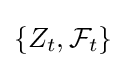
\left\{Z_{t},{\mathcal {F}}_{t}\right\}